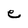
Character: e